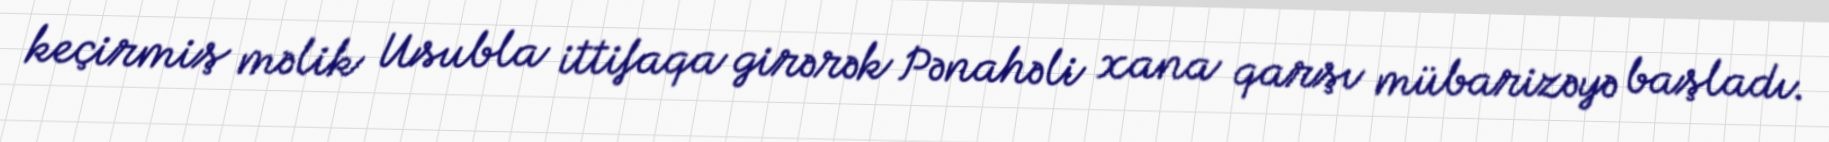
keçirmiş məlik Usubla ittifaqa girərək Pənahəli xana qarşı mübarizəyə başladı.